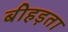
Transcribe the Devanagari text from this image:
बीहड़ता